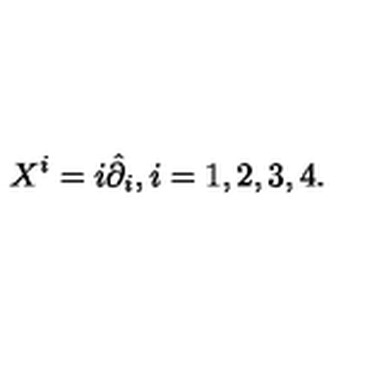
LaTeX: X ^ { i } = i \hat { \partial } _ { i } , i = 1 , 2 , 3 , 4 .